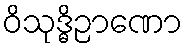
ဝိသုဒ္ဓိဉာဏော